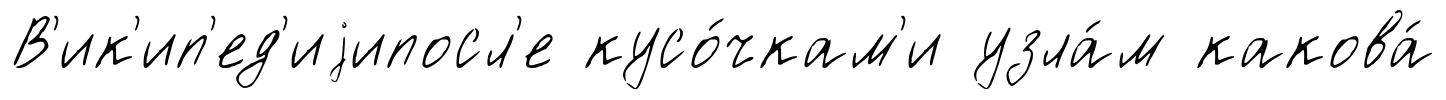
В'ик'ип'ед'иjипосл'е кусо́чкам'и узла́м какова́